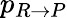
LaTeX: p_{R\rightarrow P}